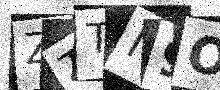
Text: ZTTM9O